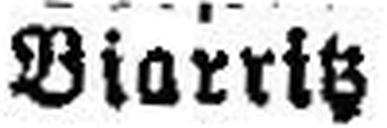
Biarritz